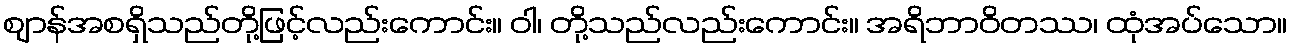
ဈာန်အစရှိသည်တို့ဖြင့်လည်းကောင်း။ ဝါ၊ တို့သည်လည်းကောင်း။ အရိဘာဝိတဿ၊ ထုံအပ်သော။